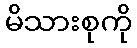
မိသားစုကို